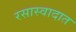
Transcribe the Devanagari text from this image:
रसास्वादात